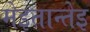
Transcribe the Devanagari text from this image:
मेइतान्तेइ